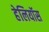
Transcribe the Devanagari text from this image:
हेलियॉस